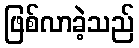
ဖြစ်လာခဲ့သည်